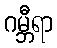
ဂမ္ဘီရာ